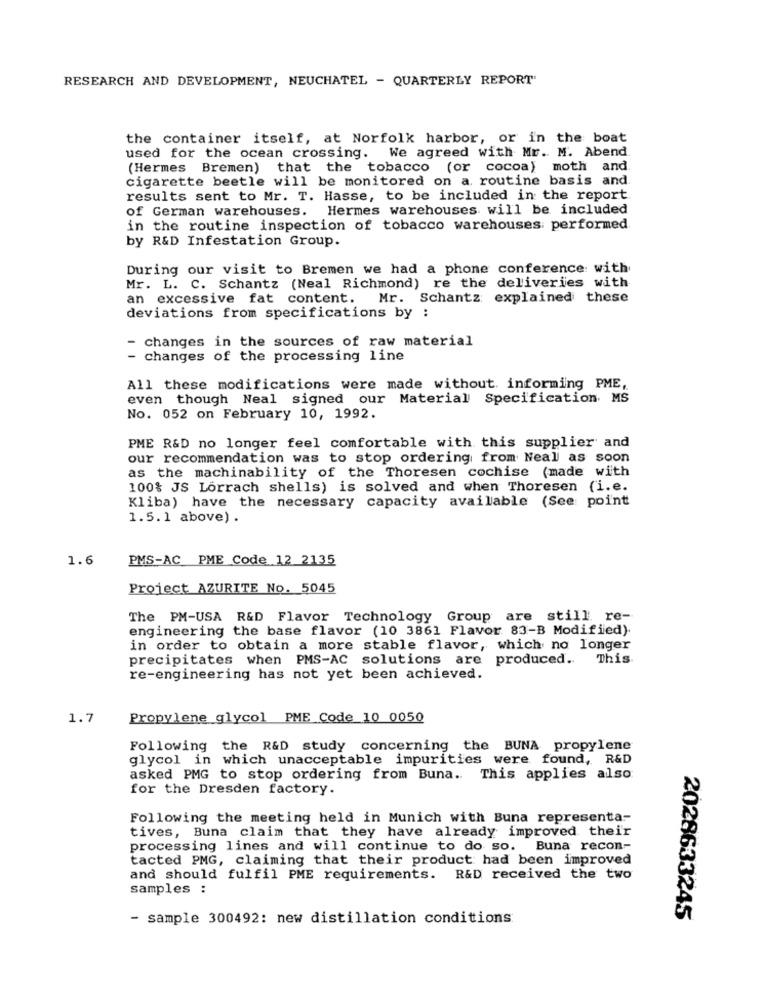
RESEARCH AND DEVELOPMENT, NEUCHATEL - QUARTERLY REPORT'
the container itself, at Norfolk harbor, or in the boat
used for the ocean crossing. We agreed with Mr. M. Abend
(Hermes Bremen) that the tobacco (or cocoa) moth and
cigarette beetle will be monitored on a. routine basis and
results sent to Mr. T. Hasse, to be included in the report
of German warehouses. Hermes warehouses will be included
in the routine inspection of tobacco warehouses performed
by R&D Infestation Group.
During our visit to Bremen we had a phone conference with
Mr. L. C. Schantz (Neal Richmond) re the deliveries with
an excessive fat content. Mr. Schantz explained these
deviations from specifications by :
- changes in the sources of raw material
- changes of the processing line
All these modifications were made without. informing PME,
even though Neal signed our Material Specification MS
No. 052 on February 10, 1992.
PME R&D no longer feel comfortable with this supplier and
our recommendation was to stop ordering from Neal as soon
as the machinability of the Thoresen cochise (made with
100% JS Lörrach shells) is solved and when Thoresen (i.e.
Kliba) have the necessary capacity available (See point
1.5.1 above) .
1.6
PMS-AC PME Code 12 2135
Project AZURITE No. 5045
The PM-USA R&D Flavor Technology Group are still re-
engineering the base flavor (10 3861 Flavor 83-B Modified).
in order to obtain a more stable flavor, which no longer
precipitates when PMS-AC solutions are produced. This
re-engineering has not yet been achieved.
1.7
Propylene glycol PME Code_10 0050
Following the R&D study concerning the BUNA propylene
glycol in which unacceptable impurities were found, R&D
asked PMG to stop ordering from Buna. This applies also
for the Dresden factory.
Following the meeting held in Munich with Buna representa-
tives, Buna claim that they have already improved their
processing lines and will continue to do so. Buna recon-
tacted PMG, claiming that their product had been improved
and should fulfil PME requirements. R&D received the two
samples :
- sample 300492: new distillation conditions:
2028633245